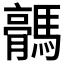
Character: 𱼥